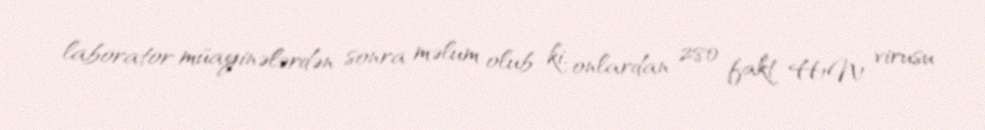
laborator müayinələrdən sonra məlum olub ki, onlardan 280 fakt H1N1 virusu